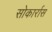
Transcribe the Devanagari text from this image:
सोकार्रास